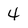
Character: 4